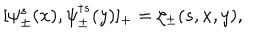
LaTeX: [ \psi _ { \pm } ^ { s } ( x ) , \psi _ { \pm } ^ { \dagger s } ( y ) ] _ { + } = \zeta _ { \pm } ( s , x , y ) ,